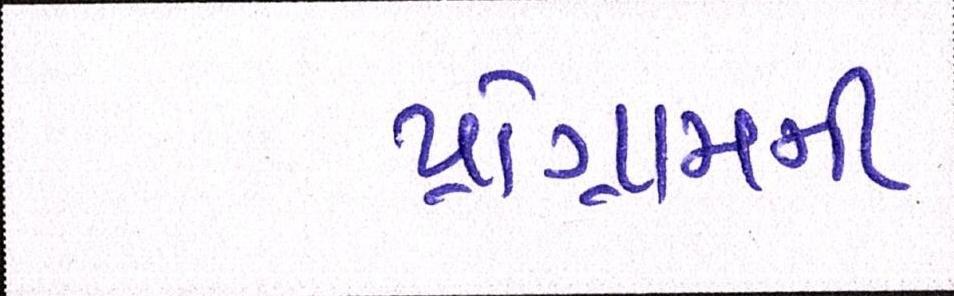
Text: પ્રોગ્રામની